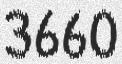
3660